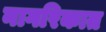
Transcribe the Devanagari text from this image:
नागरिकात